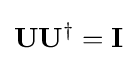
\mathbf {U} \mathbf {U} ^{\dagger }=\mathbf {I}